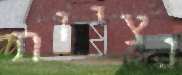
נציות